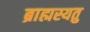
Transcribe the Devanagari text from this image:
ब्राह्मस्यतु